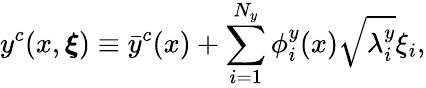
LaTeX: y^{c}(x,\boldsymbol{\xi})\equiv\bar{y}^{c}(x)+\sum_{i=1}^{N_{y}}\phi_{i}^{y}(x)\sqrt{\lambda_{i}^{y}}\xi_{i},